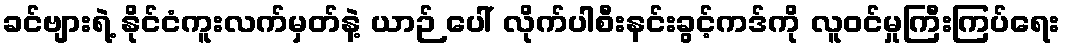
ခင်ဗျားရဲ့ နိုင်ငံကူးလက်မှတ်နဲ့ ယာဉ် ပေါ် လိုက်ပါစီးနင်းခွင့်ကဒ်ကို လူဝင်မှုကြီးကြပ်ရေး